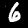
Digit: 6